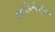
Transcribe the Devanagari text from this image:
थाइरोग्लोब्युलिन